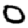
Digit: 0